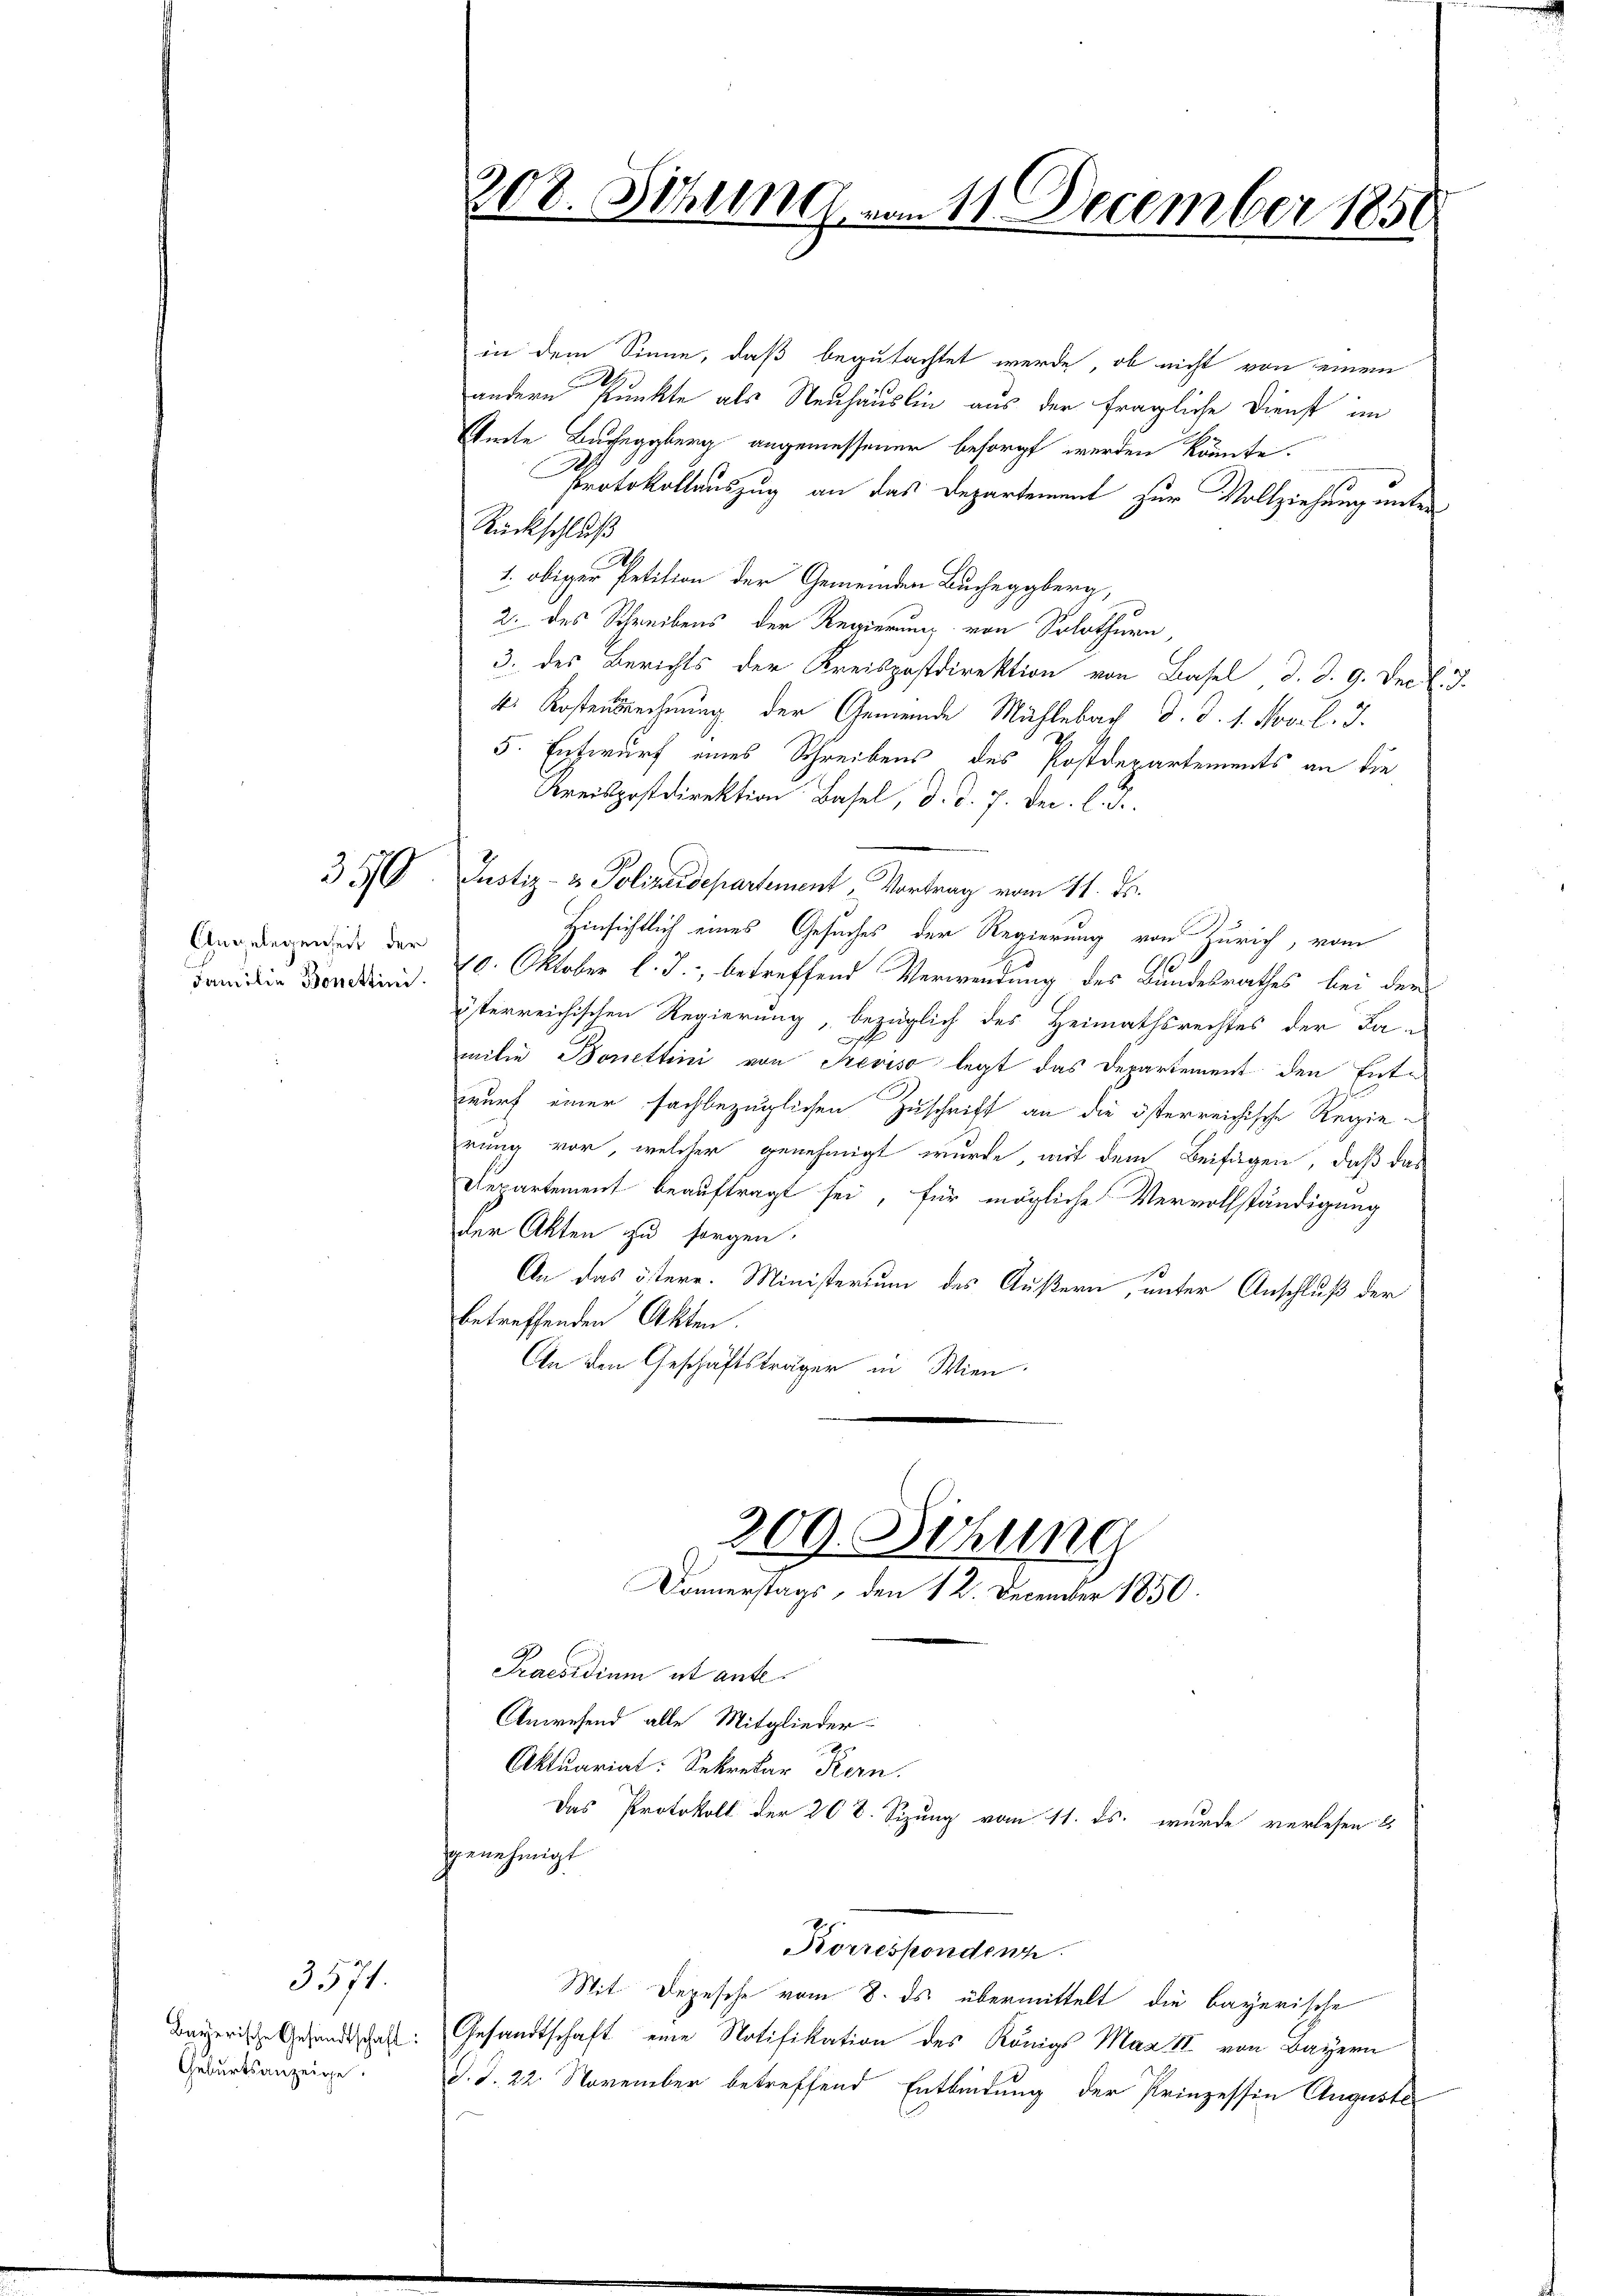
3.70

Angelegenheit der

Geburtsanzeige.

3571.

308. Sitzung vom 11. December 185

in dem Sinne, daß begutachtet werde, ob nicht von einem
andern Punkte als Neuhauslin aus der fragliche Dienst im
Gete Bucheggberg angemessener besorgt werden könnte.
Protokollauszug an das Departement zur Vollziehung unter
Rückschluß
1. obiger Petition der Gemeinden Bucheggberg,
2. des Schreibens der Regierung von Solothurn,
3. des Berichts der Kreispostdirektion von Basel d. d. 9. Decb.
k. Kostensrechnung der Gemeinde Mühlebach d. d. 1. Nov. l. J.
5. Entwurf eines Schreibens des Postdepartements an die
Kreispostdirektion Basel, d. d. 7. Dec. l. J.
Justiz- & Polizeidepartement, Vortrag vom 21. ds.
Hinsichtlich eines Gesuches der Regierung von Zürich, vom
1
dan die Dordini. 10. Oktober l. J., betreffend Verwendung des Bundesrathes bei der
österreichischen Regierung, bezüglich des Heimathsrechtes der Ba-
milie Bonettini von Treviso legt das Departement den Entwurf einer fachbezüglichen Zuschrift an die österreichische Regierung vor, welcher genehmigt wurde, mit dem Beifügen, daß das
Departement beauftragt sei, für mögliche Vervollständigung
der Akten zu sorgen.
An das östere. Ministerium des Äußern, unter Anschluß der
betreffenden Akten.
An den Geschäftsträger in Wien.
309. Sichung
Donnerstags, den 12. December 1850.
Praesidium et ant¬
Anwesend alle Mitglieder-
A
Aktuariat: Sekretär Kern,
Das Protokoll der 20 l. Sizung vom 11. ds. wurde verlesen u
genehmigt
Korresponden
Mit Depesche vom 8. ds. übermittelt die bayerische
Bayerische Gesandtschaft: Gesandtschaft eine Notifikation des Königs Max II. von Bayern
d. d. 22. November betreffend Entbindung der Prinzessin Auguste